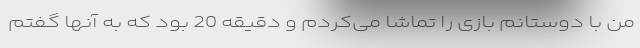
من با دوستانم بازی را تماشا می‌کردم و دقیقه 20 بود که به آنها گفتم